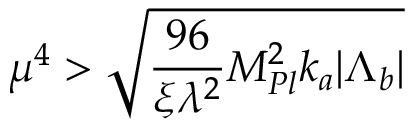
\mu ^ { 4 } > \sqrt { \frac { 9 6 } { \xi \lambda ^ { 2 } } M _ { P l } ^ { 2 } k _ { a } | \Lambda _ { b } | }